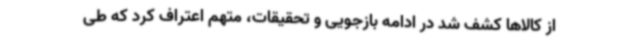
از کالاها کشف شد در ادامه بازجویی و تحقیقات، متهم اعتراف کرد که طی